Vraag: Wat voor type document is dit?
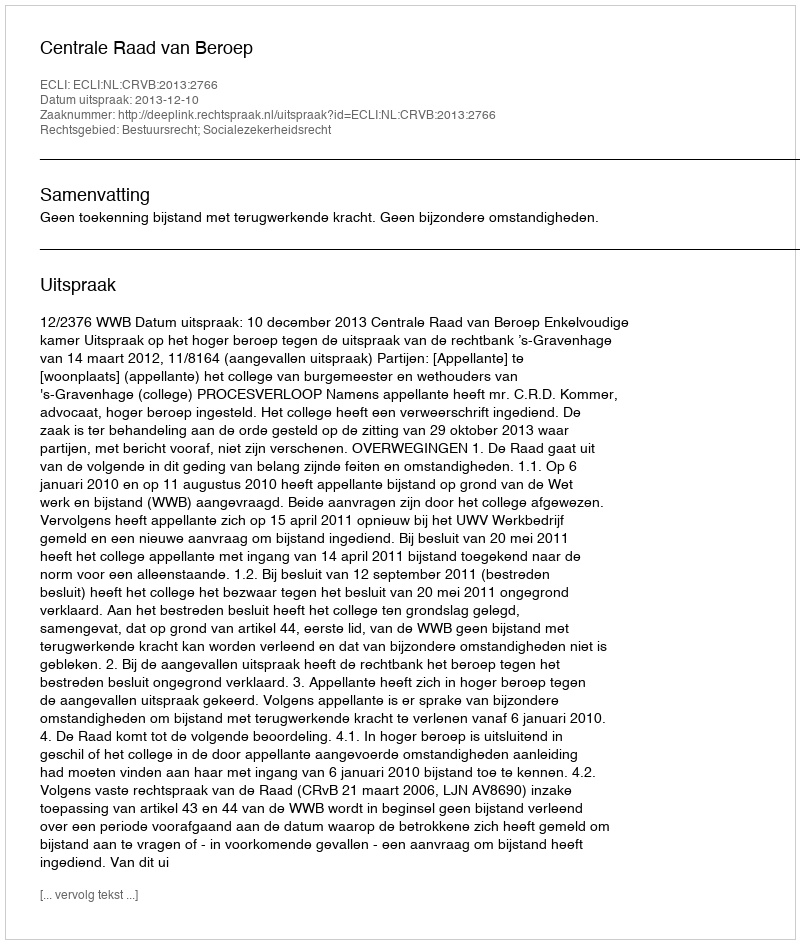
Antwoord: Uitspraak